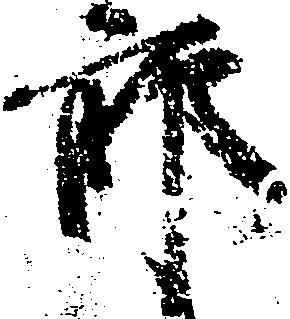
郎